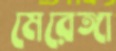
মেরেঙ্গা